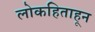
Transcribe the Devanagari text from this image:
लोकहिताहून